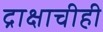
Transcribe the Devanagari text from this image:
द्राक्षाचीही